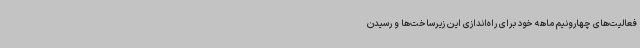
فعالیت‌های چهارونیم ماهه خود برای راه‌اندازی این زیرساخت‌ها و رسیدن